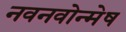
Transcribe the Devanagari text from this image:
नवनवोन्मेष